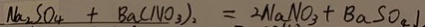
N a _ { 2 } S O _ { 4 } + B a ( N O _ { 3 } ) _ { 2 } = 2 N a N O _ { 3 } + B a S O _ { 4 } 1